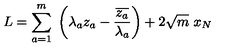
L = \sum _ { a = 1 } ^ { m } \ \left( \lambda _ { a } z _ { a } - \frac { \overline { { z _ { a } } } } { \lambda _ { a } } \right) + 2 \sqrt { m } \ x _ { N }